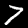
Digit: 7